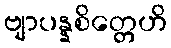
ဗျာပန္နစိတ္တေဟိ